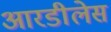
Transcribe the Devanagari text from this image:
आरडीलेस